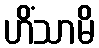
ဟိံသာမိ